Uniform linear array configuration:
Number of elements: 32
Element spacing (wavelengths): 0.25
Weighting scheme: kaiser
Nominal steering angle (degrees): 30
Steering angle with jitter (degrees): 31.993
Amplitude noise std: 0.05
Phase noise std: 0.05

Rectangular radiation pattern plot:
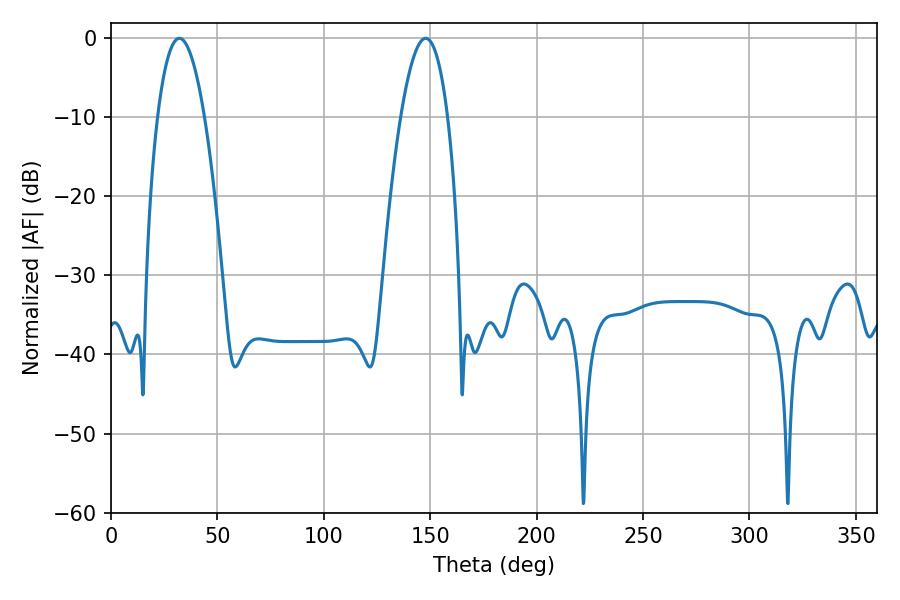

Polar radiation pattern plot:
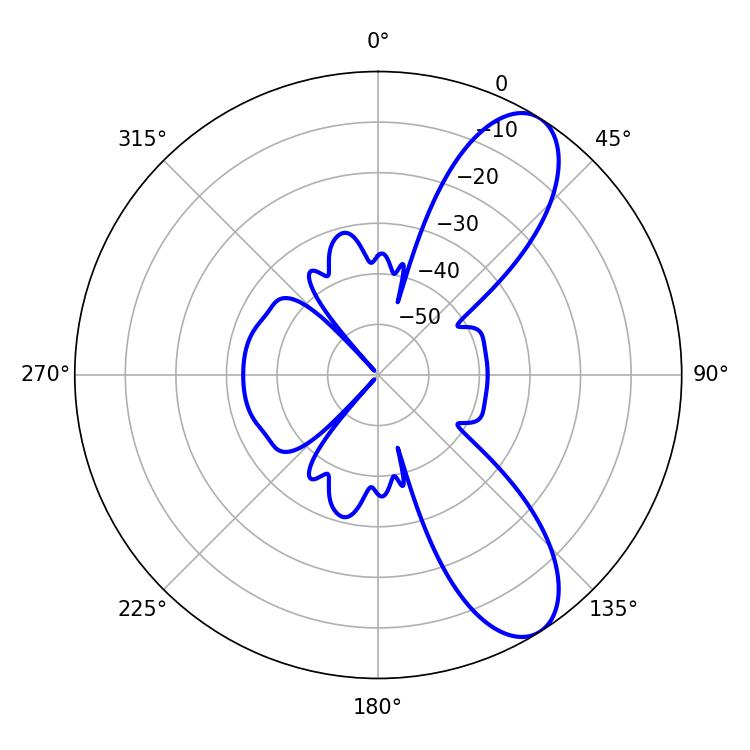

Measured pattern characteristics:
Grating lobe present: FALSE
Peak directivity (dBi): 9.143
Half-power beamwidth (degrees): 12.24
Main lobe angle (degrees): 147.78